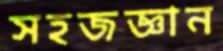
সহজজ্ঞান